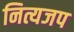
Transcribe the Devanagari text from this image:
नित्यजप